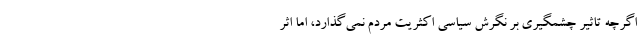
اگرچه تاثیر چشمگیری بر نگرش سیاسی اکثریت مردم نمی‌گذارد، اما اثر